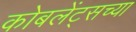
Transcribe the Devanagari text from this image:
कोबलेंट्सच्या